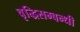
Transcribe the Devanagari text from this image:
वृद्धिसम्बन्धी